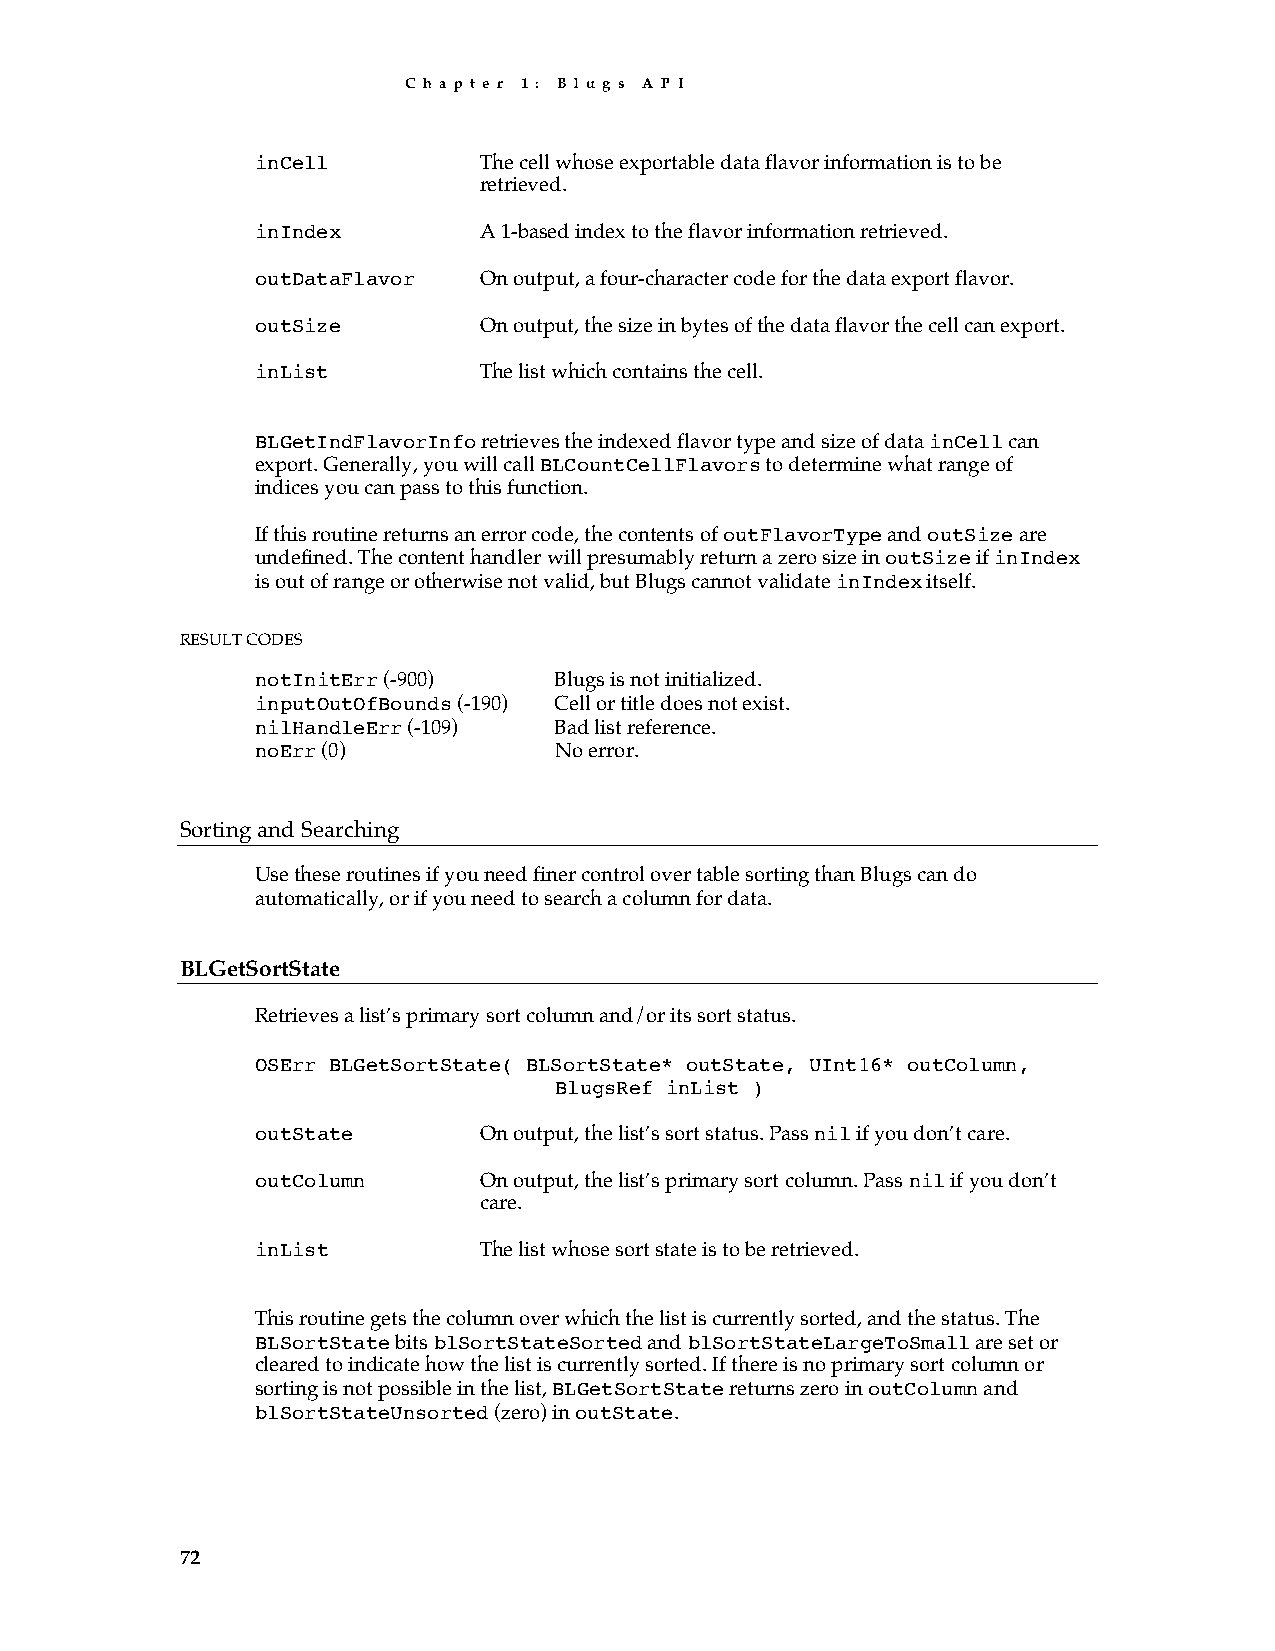
C h a p t e r 1 : B l u g s A P I
 inCell         The cell whose exportable data flavor information is to be
 retrieved.
 inIndex        A 1-based index to the flavor information retrieved.
 outDataFlavor  On output, a four-character code for the data export flavor.
 outSize        On output, the size in bytes of the data flavor the cell can export.
 inList         The list which contains the cell.
 BLGetIndFlavorInfo retrieves the indexed flavor type and size of data inCell can
 export. Generally, you will call BLCountCellFlavors to determine what range of
 indices you can pass to this function.
 If this routine returns an error code, the contents of outFlavorType and outSize are
 undefined. The content handler will presumably return a zero size in outSize if inIndex
 is out of range or otherwise not valid, but Blugs cannot validate inIndex itself.
 RESULT CODES
 notInitErr (-900)   Blugs is not initialized.
 inputOutOfBounds (-190) Cell or title does not exist.
 nilHandleErr (-109) Bad list reference.
 noErr (0)           No error.
 Sorting and Searching
 Use these routines if you need finer control over table sorting than Blugs can do
 automatically, or if you need to search a column for data.
 BLGetSortState
 Retrieves a list’s primary sort column and/or its sort status.
 OSErr BLGetSortState( BLSortState* outState, UInt16* outColumn,
 BlugsRef inList )
 outState       On output, the list’s sort status. Pass nil if you don’t care.
 outColumn      On output, the list’s primary sort column. Pass nil if you don’t
 care.
 inList         The list whose sort state is to be retrieved.
 This routine gets the column over which the list is currently sorted, and the status. The
 BLSortState bits blSortStateSorted and blSortStateLargeToSmall are set or
 cleared to indicate how the list is currently sorted. If there is no primary sort column or
 sorting is not possible in the list, BLGetSortState returns zero in outColumn and
 blSortStateUnsorted (zero) in outState.
 72